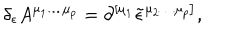
\delta _ { \epsilon } A ^ { \mu _ { 1 } \ldots \mu _ { p } } = \partial ^ { \left[ \mu _ { 1 } \right. } \tilde { \epsilon } ^ { \left. \mu _ { 2 } \ldots \mu _ { p } \right] } ,